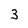
Character: 3